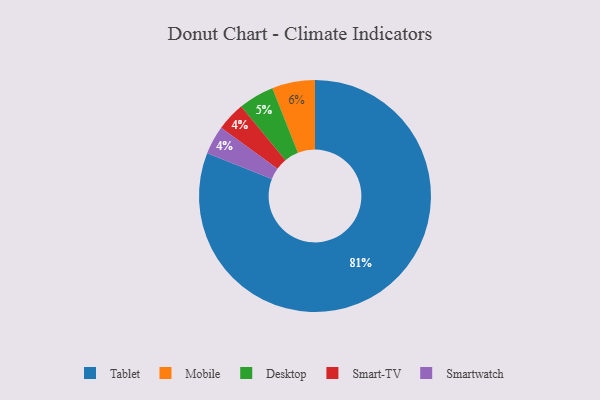
{"axis": {"x": "Category", "y": "Percentage"}, "legend": ["Desktop", "Mobile", "Smart-TV", "Smartwatch", "Tablet"], "data": [{"x": "Desktop", "y": 5, "type": "Desktop"}, {"x": "Smart-TV", "y": 4, "type": "Smart-TV"}, {"x": "Smartwatch", "y": 4, "type": "Smartwatch"}, {"x": "Tablet", "y": 81, "type": "Tablet"}, {"x": "Mobile", "y": 6, "type": "Mobile"}]}